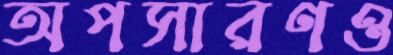
অপসারণও